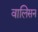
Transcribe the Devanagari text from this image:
वालिसन